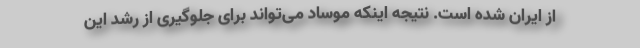
از ایران شده است. نتیجه اینکه موساد می‌تواند برای جلوگیری از رشد این